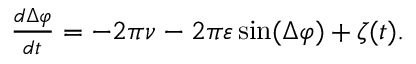
\begin{array} { r } { \frac { d \Delta \varphi } { d t } = - 2 \pi \nu - 2 \pi \varepsilon \sin ( \Delta \varphi ) + \zeta ( t ) . } \end{array}